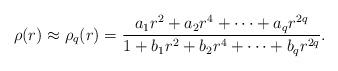
LaTeX: \begin{align*}\rho(r) \approx\rho_q(r)=\frac{a_1r^2+a_2r^4+\cdots+a_qr^{2q}}{1+b_1 r^2+b_2r^4+\cdots+b_qr^{2q}}.\end{align*}